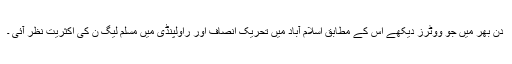
دن بھر میں جو ووٹرز دیکھے اس کے مطابق اسلام آباد میں تحریک انصاف اور راولپنڈی میں مسلم لیگ ن کی اکثریت نظر آئی ۔